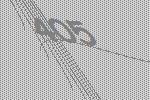
405